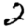
Digit: 2